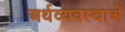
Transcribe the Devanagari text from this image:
अर्थव्यवस्थाअें